Civil Veterinary Dept. North-West Frontier Province 1901-22 - 1901-1922
Year: 1901
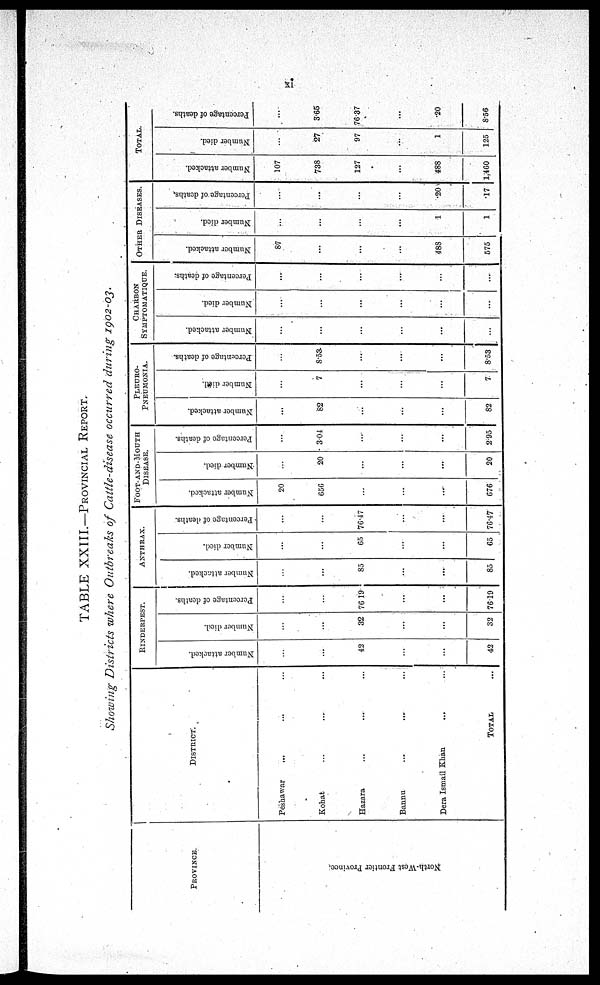
xi
TABLE XXIII.—PROVINCIAL REPORT.
Showing Districts where Outbreaks of Cattle-disease occurred during 1902-03.
PROVINCE.
North-West Frontier Pr ovi nce.
DISTRICT.
Peshawar ... ... ...
Kohat ... ... ...
Hazara ... ... ...
Bannu ... ... ...
Dera Ismail Khan ... ... ....
TOTAL ...
RINDERPEST.
Number attacked.
...
...
42
...
...
42
Number died.
...
...
32
...
...
32
Percentage of deaths.
...
...
76 19
...
...
76.19
ANTHRAX.
Number attacked.
...
...
85
...
...
85
Number died.
...
...
65
...
...
65
Percentage of deaths.
...
...
76.47
...
...
76.47
FOOT-AND-MOUTH
DISEASE.
Number attacked.
20
656
...
...
...
676
Number died.
...
20
...
...
...
20
Percentage of deaths.
...
3.04
...
...
...
2.95
PLEURO-
--------A.
Number attacked.
...
82
...
...
...
82
Number died.
...
7
...
...
...
7
Percentage of deaths.
...
8.53
...
...
...
8.53
CHARBON
SYMPTOMATIQUE.
Number attacked.
...
...
...
...
...
...
Number died.
...
...
...
...
...
...
Percentage of deaths.
...
...
...
...
...
...
OTHER
DISEASES.
Number attacked.
87
...
...
...
488
575
Number died.
...
...
...
...
1
1
Percentage of deaths.
...
...
...
...
20
.17
TOTAL.
Number attacked.
107
738
127
...
488
1,460
Number died.
...
27
97
...
1
125
Percentage of deaths.
...
3.65
76.37
...
20
8.56